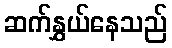
ဆက်နွှယ်နေသည်